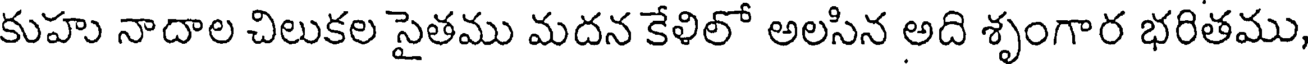
కుహు నాదాల చిలుకల సైతము మదన కేళిలో అలసిన అది శృంగార భరితము,